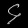
Digit: ၄